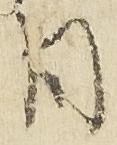
日